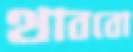
থাববো